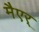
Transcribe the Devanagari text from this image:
मैएर्